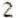
2